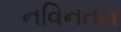
નવિનતમ